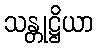
သန္တုဋ္ဌိယာ